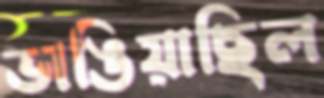
ভাঙিয়াছিল